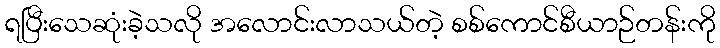
ရပြီးသေဆုံးခဲ့သလို အလောင်းလာသယ်တဲ့ စစ်ကောင်စီယာဉ်တန်းကို